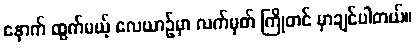
နောက် ထွက်မယ့် လေယာဉ်မှာ လက်မှတ် ကြိုတင် မှာချင်ပါတယ်။